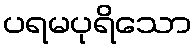
ပရမပုရိသော